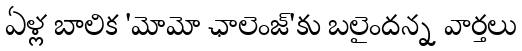
ఏళ్ల బాలిక 'మోమో ఛాలెంజ్'కు బలైందన్న వార్తలు